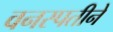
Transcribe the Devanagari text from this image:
वनस्पतीने